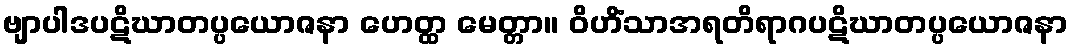
ဗျာပါဒပဋိဃာတပ္ပယောဇနာ ဟေတ္ထ မေတ္တာ။ ဝိဟိံသာအရတိရာဂပဋိဃာတပ္ပယောဇနာ